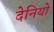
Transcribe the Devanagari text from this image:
देनियो